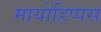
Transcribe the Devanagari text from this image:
मायोहिप्पस